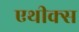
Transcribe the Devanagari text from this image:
एथीक्स